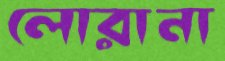
লোরানা